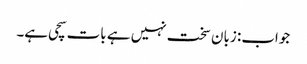
جواب: زبان سخت نہیں ہے بات سچی ہے۔